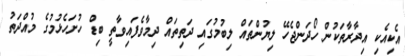
އެކިއެކި އިދާރާތަކުން ހޯދަންޖެހޭ ލިޔުންތައް ލިބުމުގައި ދަތިތައް ދިމާވެފައިވާތީ ބިޑް ހުށަހެޅުމުގެ މުއްދަތު